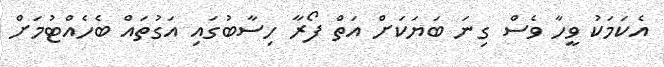
އެކަމަކު ވީހާ ވެސް ގިނަ ބަޔަކަށް އަތް ފޯރާ ހިސާބުގައި އަގުތައް ބެހެއްޓުމަށް